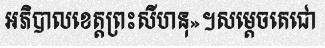
អភិបាលខេត្តព្រះសីហនុ»។សម្តេចតេជោ